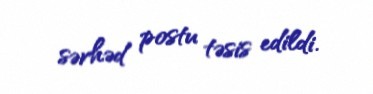
sərhəd postu təsis edildi.